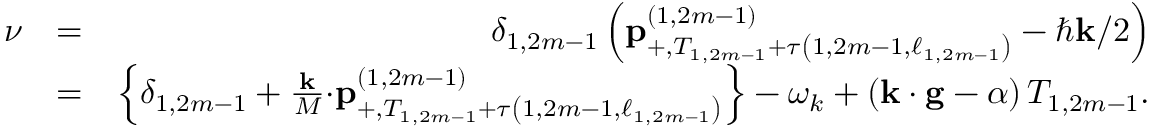
\begin{array} { r l r } { \nu } & { = } & { \delta _ { 1 , 2 m - 1 } \left( \mathbf { p } _ { + , T _ { 1 , 2 m - 1 } + \tau \left( 1 , 2 m - 1 , \ell _ { 1 , 2 m - 1 } \right) } ^ { \left( 1 , 2 m - 1 \right) } - \hbar \mathbf { k } / 2 \right) } \\ & { = } & { \left\{ \delta _ { 1 , 2 m - 1 } + \frac { \mathbf { k } } { M } \mathbf { \cdot p } _ { + , T _ { 1 , 2 m - 1 } + \tau \left( 1 , 2 m - 1 , \ell _ { 1 , 2 m - 1 } \right) } ^ { \left( 1 , 2 m - 1 \right) } \right\} - \omega _ { k } + \left( \mathbf { k \cdot g } - \alpha \right) T _ { 1 , 2 m - 1 } . } \end{array}